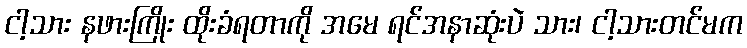
ငါ့သား နဖားကြိုး ထိုးခံရတာကို အမေ ရင်အနာဆုံးပဲ သား၊ ငါ့သားတင်မက